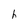
Character: h